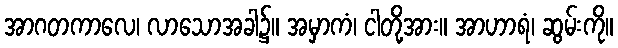
အာဂတကာလေ၊ လာသောအခါ၌။ အမှာကံ၊ ငါတို့အား။ အာဟာရံ၊ ဆွမ်းကို။